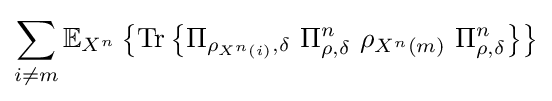
\sum _{i\neq m}\mathbb {E} _{X^{n}}\left\{{\text{Tr}}\left\{\Pi _{\rho _{X^{n}\left(i\right)},\delta }\ \Pi _{\rho ,\delta }^{n}\ \rho _{X^{n}\left(m\right)}\ \Pi _{\rho ,\delta }^{n}\right\}\right\}